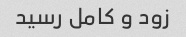
زود و کامل رسید